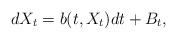
LaTeX: \begin{align*} dX_t = b(t,X_t) dt + B_t,\end{align*}